Insane asylums Bombay 1873-77 - 1873-1877
Year: 1873
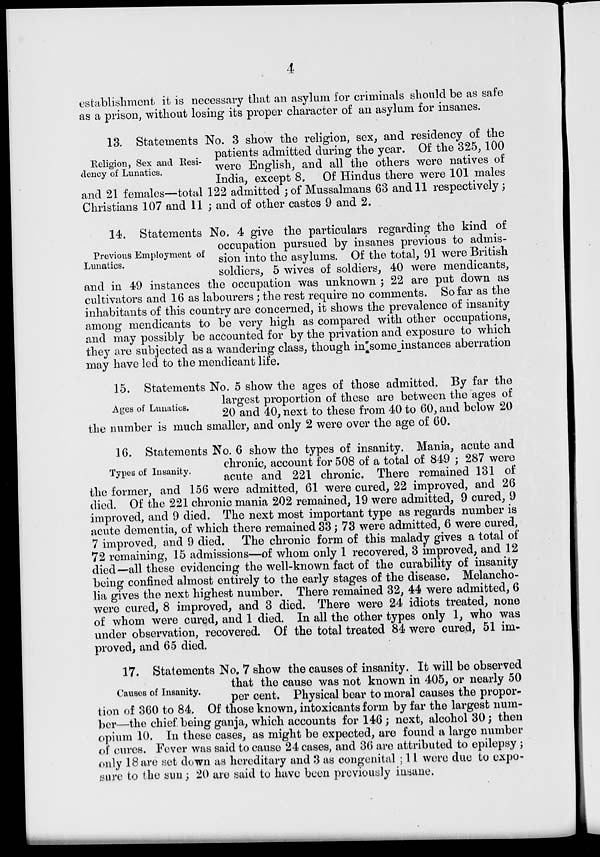
4
establishment it is necessary that an asylum for criminals should be as safe
as a prison, without losing its proper character of an asylum for insanes.
Religion, Sex and Resi-
dency of Lunatics.
13. Statements No. 3 show the religion, sex, and residency of the
patients admitted during the year. Of the 325, 100
were English, and all the others were natives of
India, except 8. Of Hindus there were 101 males
and 21 females—total 122 admitted ; of Mussalmans 63 and 11 respectively;
Christians 107 and 11 ; and of other castes 9 and 2.
Previous Employment of
Lunatics.
14. Statements No. 4 give the particulars regarding the kind of
occupation pursued by insanes previous to admis-
sion into the asylums. Of the total, 91 were British
soldiers, 5 wives of soldiers, 40 were mendicants,
and in 49 instances the occupation was unknown ; 22 are put down as
cultivators and 16 as labourers; the rest require no comments. So far as the
inhabitants of this country are concerned, it shows the prevalence of insanity
among mendicants to be very high as compared with other occupations,
and may possibly be accounted for by the privation and exposure to which
they are subjected as a wandering class, though in some instances aberration
may have led to the mendicant life.
Ages of Lunatics.
15. Statements No. 5 show the ages of those admitted. By far the
largest proportion of these are between the ages of
20 and 40, next to these from 40 to 60, and below 20
the number is much smaller, and only 2 were over the age of 60.
Types of Insanity.
16. Statements No. 6 show the types of insanity. Mania, acute and
chronic, account for 508 of a total of 849 ; 287 were
acute and 221 chronic. There remained 131 of
the former, and 156 were admitted, 61 were cured, 22 improved, and 26
died. Of the 221 chronic mania 202 remained, 19 were admitted, 9 cured, 9
improved, and 9 died. The next most important type as regards number is
acute dementia, of which there remained 33; 73 were admitted, 6 were cured,
7 improved, and 9 died. The chronic form of this malady gives a total of
72 remaining, 15 admissions—of whom only 1 recovered, 3 improved, and 12
died—all these evidencing the well-known fact of the curability of insanity
being confined almost entirely to the early stages of the disease. Melancho-
lia gives the next highest number. There remained 32, 44 were admitted, 6
were cured, 8 improved, and 3 died. There were 24 idiots treated, none
of whom were cured, and 1 died. In all the other types only 1, who was
under observation, recovered. Of the total treated 84 were cured, 51 im-
proved, and 65 died.
Causes of Insanity.
17. Statements No. 7 show the causes of insanity. It will be observed
that the cause was not known in 405, or nearly 50
per cent. Physical bear to moral causes the propor-
tion of 360 to 84. Of those known, intoxicants form by far the largest num-
ber—the chief being ganja, which accounts for 146; next, alcohol 30; then
opium 10. In these cases, as might be expected, are found a large number
of cures. Fever was said to cause 24 cases, and 36 are attributed to epilepsy;
only 18 are set down as hereditary and 3 as congenital ; 11 were due to expo-
sure to the sun; 20 are said to have been previously insane.